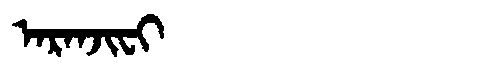
Manchu: ᠠᡵᠠᠨᠵᡳᠸᡳ
Romanization: ARANJIFI